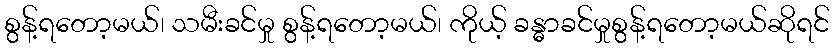
စွန့်ရတော့မယ်၊ သမီးခင်မှု စွန့်ရတော့မယ်၊ ကိုယ့် ခန္ဓာခင်မှုစွန့်ရတော့မယ်ဆိုရင်